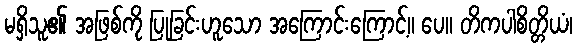
မရှိသူ၏ အဖြစ်ကို ပြုခြင်းဟူသော အကြောင်းကြောင့်။ ပေ။ တိကပါစိတ္တိယံ၊